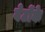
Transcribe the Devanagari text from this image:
बेटोंके